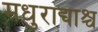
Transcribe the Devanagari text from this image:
मधुराद्याश्च